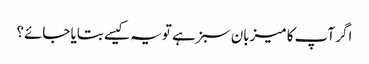
اگر آپ کا میزبان سبز ہے تو یہ کیسے بتایا جائے؟